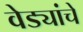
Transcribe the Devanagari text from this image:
वेड्यांचे